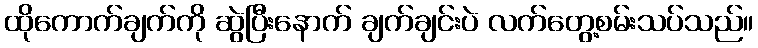
ထိုကောက်ချက်ကို ဆွဲပြီးနောက် ချက်ချင်းပဲ လက်တွေ့စမ်းသပ်သည်။